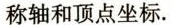
称轴和定点坐标.